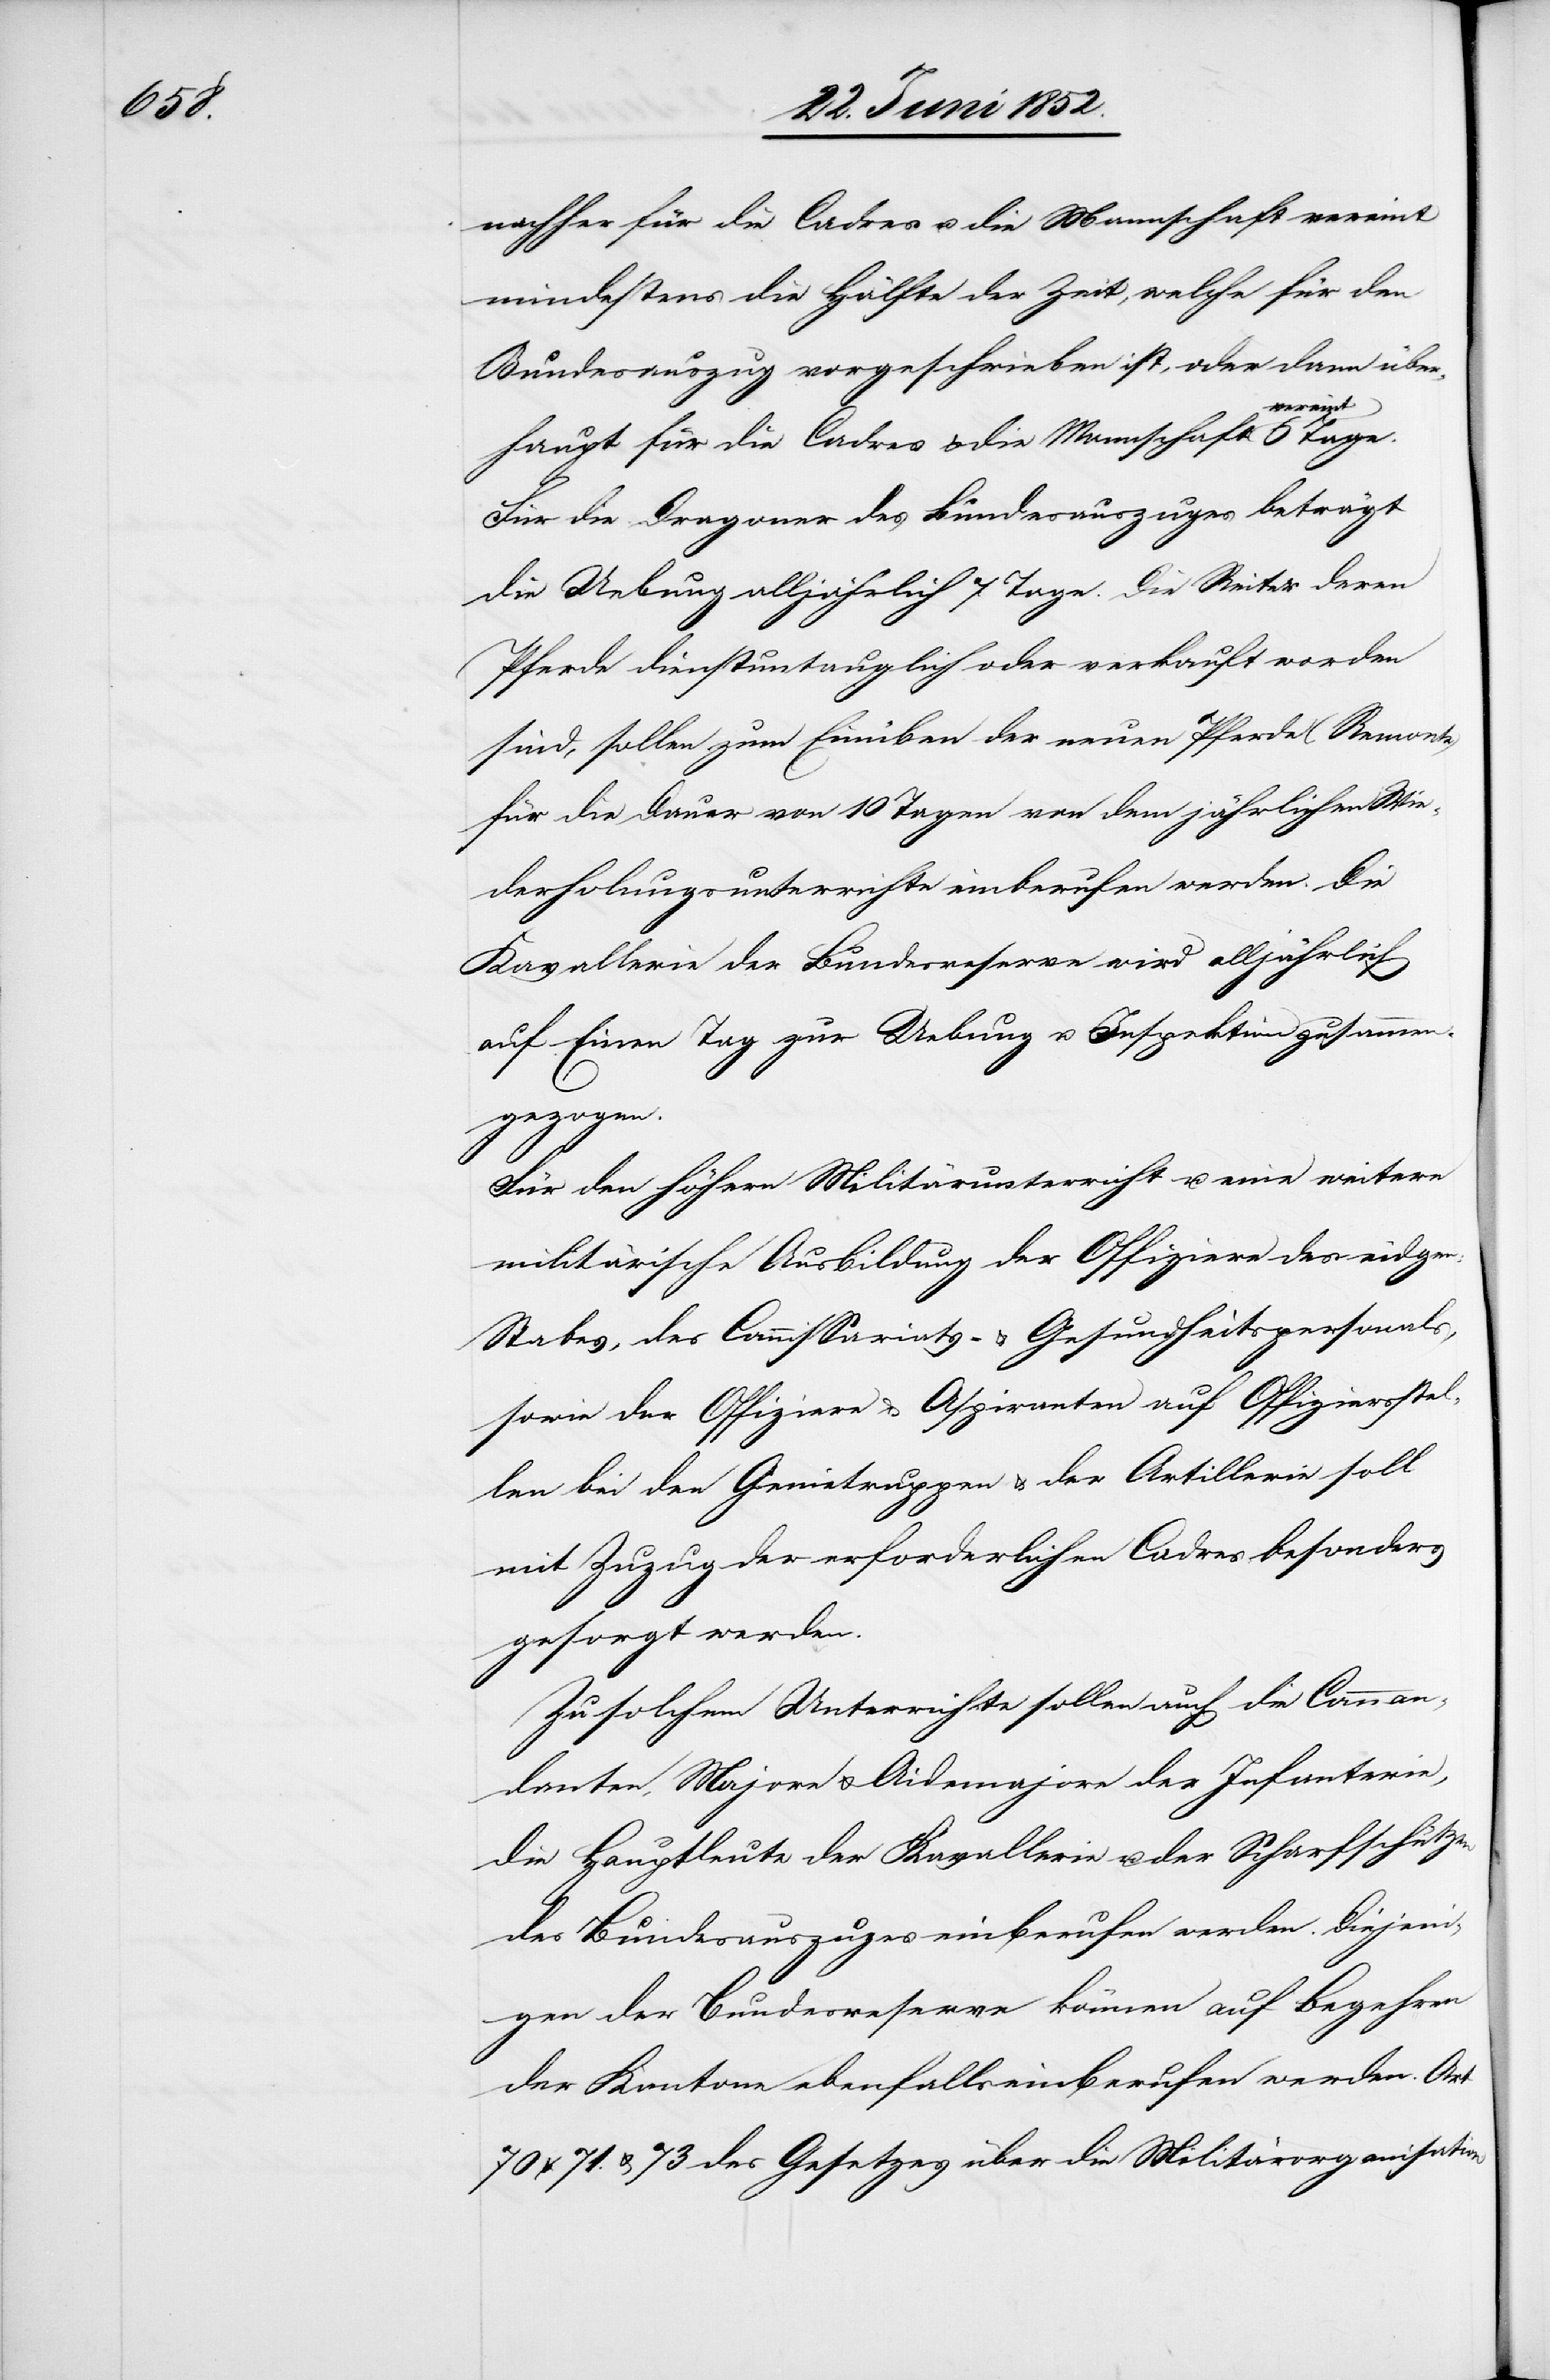
nachher für die Cadres u. die Mannschaft vereint
mindestens die Hälfte der Zeit, welche für den
Bundesauszug vorgeschrieben ist, oder dann über¬
vereint
haupt für die Cadres & die Mannschaft
Für die Dragoner des Bundesauszuges beträgt
die Uebung alljährlich 7 Tage. Die Reiter deren
Pferde dienstuntauglich oder verkauft worden
sind, sollen zum Einüben der neuen Pferde (Remonte)
für die Dauer von 10 Tagen von dem jährlichen Wie¬
derholungsunterrichte einberufen werden. Die
Kavallerie der Bundesreserve wird alljährlich
auf Einen Tag zur Uebung u. Inspektion zusammen¬
gezogen.
Für den höhern Militärunterricht u. eine weitere
militärische Ausbildung der Offiziere des eidgen:
Stabes, des Commissariats- & Gesundheitspersonals,
sowie der Offiziere & Aspiranten auf Offiziersstel¬
len bei den Genietruppen & der Artillerie soll
mit Zuzug der erforderlichen Cadres besonders
gesorgt werden.
Zu solchem Unterrichte sollen auch die Comman¬
danten, Majore & Aidemajore der Infanterie,
die Hauptleute der Kavallerie u. der Scharfschützen
des Bundesauszuges einberufen werden. Diejeni¬
gen der Bundesreserve können auf Begehren
der Kantone ebenfalls einberufen werden.
70[,] 71. & 73 des Gesetzes über die Militärorganisation